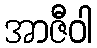
အာဇီဝါ